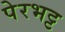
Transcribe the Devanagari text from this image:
पेरभट्ट